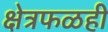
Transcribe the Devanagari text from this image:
क्षेत्रफळही